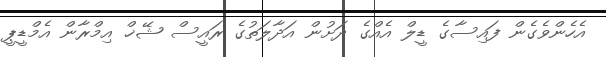
އެހެންވެގެން ފައިސާގެ ޑީލް އެއްގެ ދަށުން އަދާލަތުގެ ރަައީސް ޝޭޚް އިމްރާން އެމްޑީޕީ